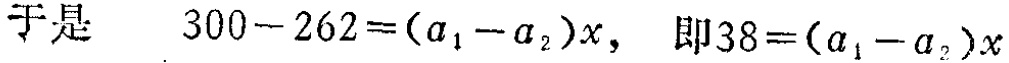
于是 \[ 300 - 262 = (a_1 - a_2)x, \quad 即38 = (a_1 - a_2)x \]